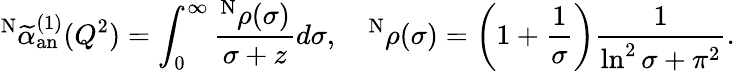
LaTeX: ^{\mathrm{N}}\widetilde{\alpha}_{\mathrm{an}}^{(1)}(Q^{2})=\int_{0}^{\infty}\frac{^{\mathrm{N}}\rho(\sigma)}{\sigma+z}d\sigma,\quad^{\mathrm{N}}\rho(\sigma)=\left(1+\frac{1}{\sigma}\right)\frac{1}{\ln^{2}\sigma+\pi^{2}}.